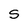
Character: s